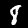
Digit: 8